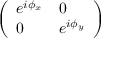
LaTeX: \left( \begin{array} { l l } { e ^ { i \phi _ { x } } } & { 0 } \\ { 0 } & { e ^ { i \phi _ { y } } } \end{array} \right)